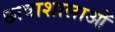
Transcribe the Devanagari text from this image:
छात्राशालाओं